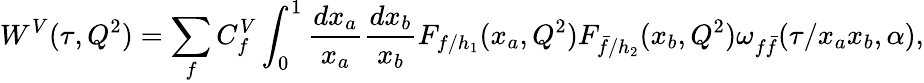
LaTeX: W^{V}(\tau,Q^{2})=\sum_{f}C_{f}^{V}\int_{0}^{1}{\frac{dx_{a}}{x_{a}}}{\frac{dx_{b}}{x_{b}}}F_{f/h_{1}}(x_{a},Q^{2})F_{{\bar{f}}/h_{2}}(x_{b},Q^{2})\omega_{f{\bar{f}}}(\tau/x_{a}x_{b},\alpha),